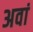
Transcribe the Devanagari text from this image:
अवां